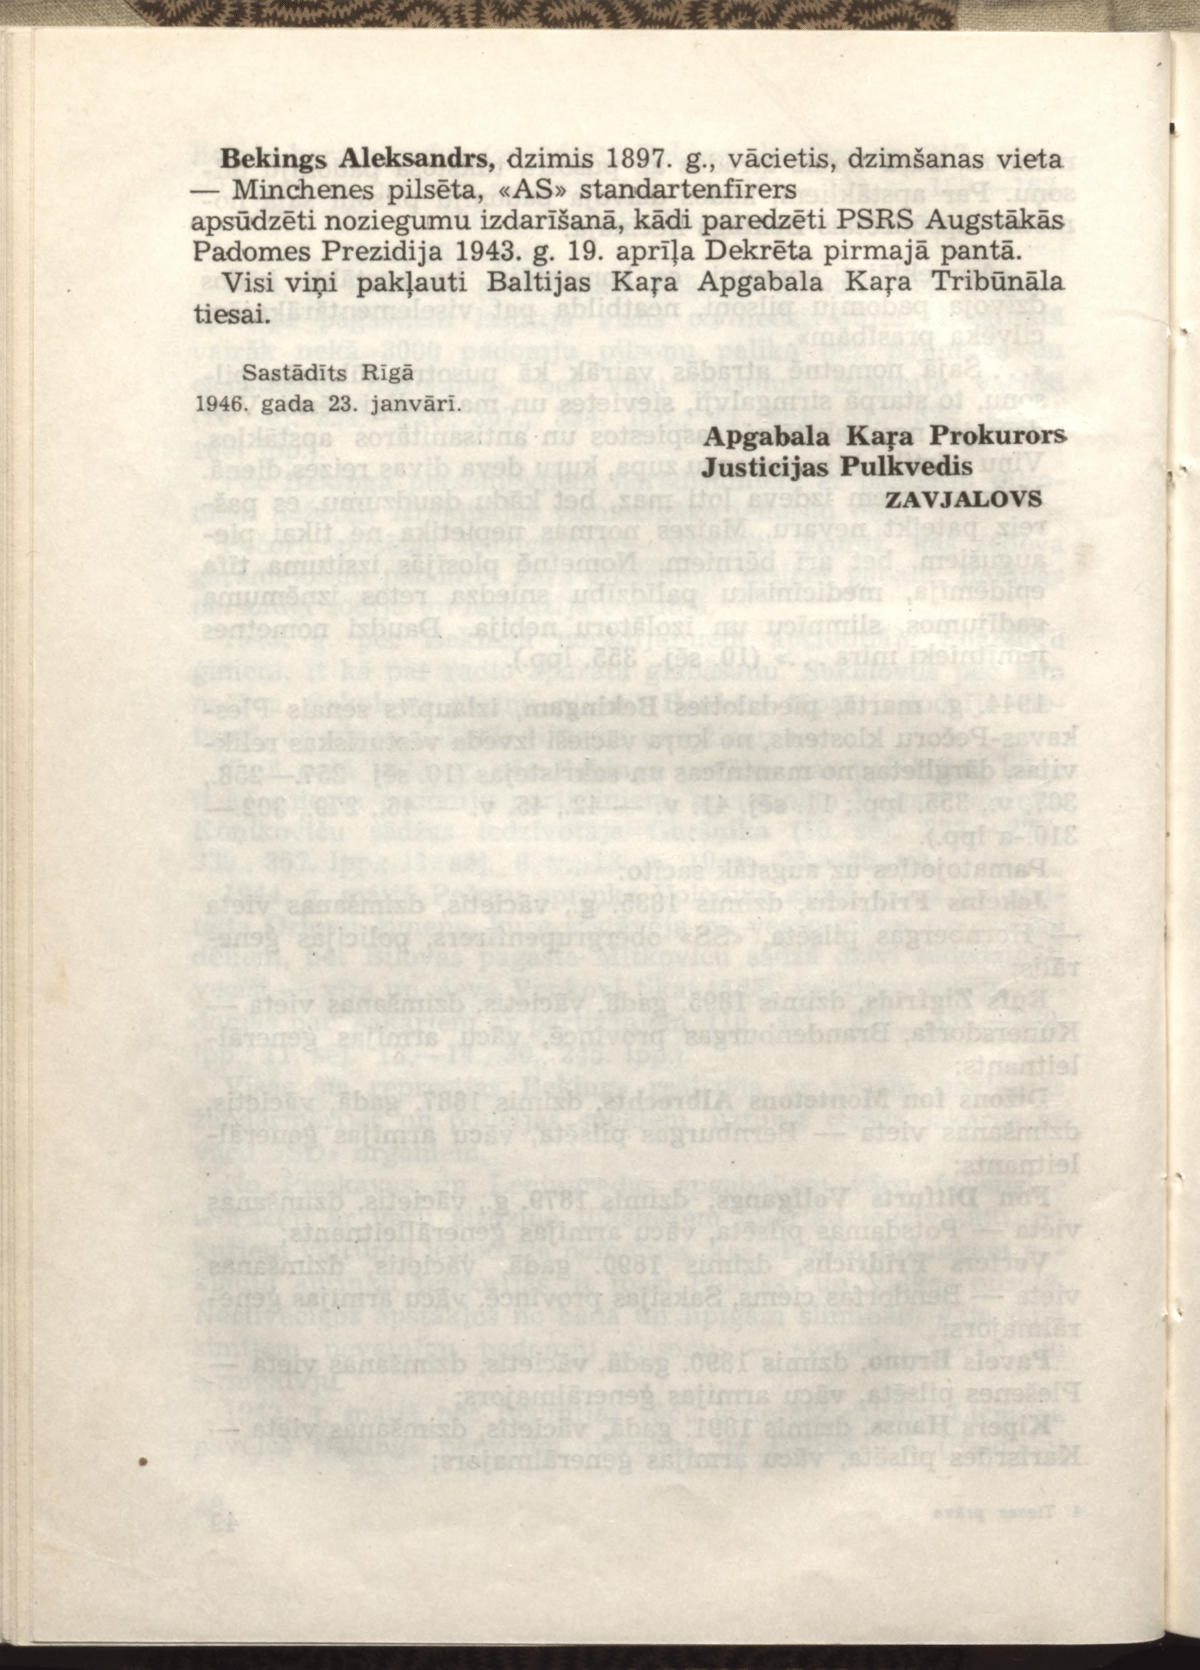
Language: lv